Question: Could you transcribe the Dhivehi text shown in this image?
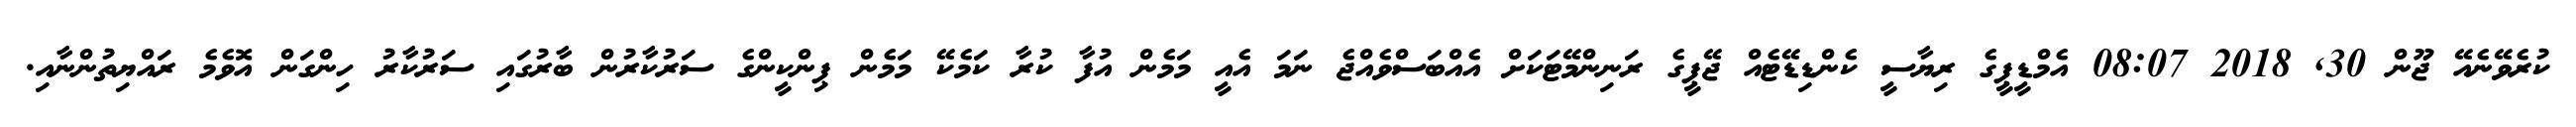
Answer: ކުރެވޭނެއޭ ޖޫން 30, 2018 08:07 އެމްޑީޕީގެ ރިޔާސީ ކެންޑިޑޭޓެއް ޖޭޕީގެ ރަނިންމޭޓަކަށް އެއްބަސްވެއްޖެ ނަމަ އެއީ މަމެން އުފާ ކުރާ ކަމެކޭ މަމެން ޕިންކީންގެ ސަރުކާރުން ބާރުގައި ސަރުކާރު ހިންގަން އޮވެމެ ރައްޔިތުންނާއި.